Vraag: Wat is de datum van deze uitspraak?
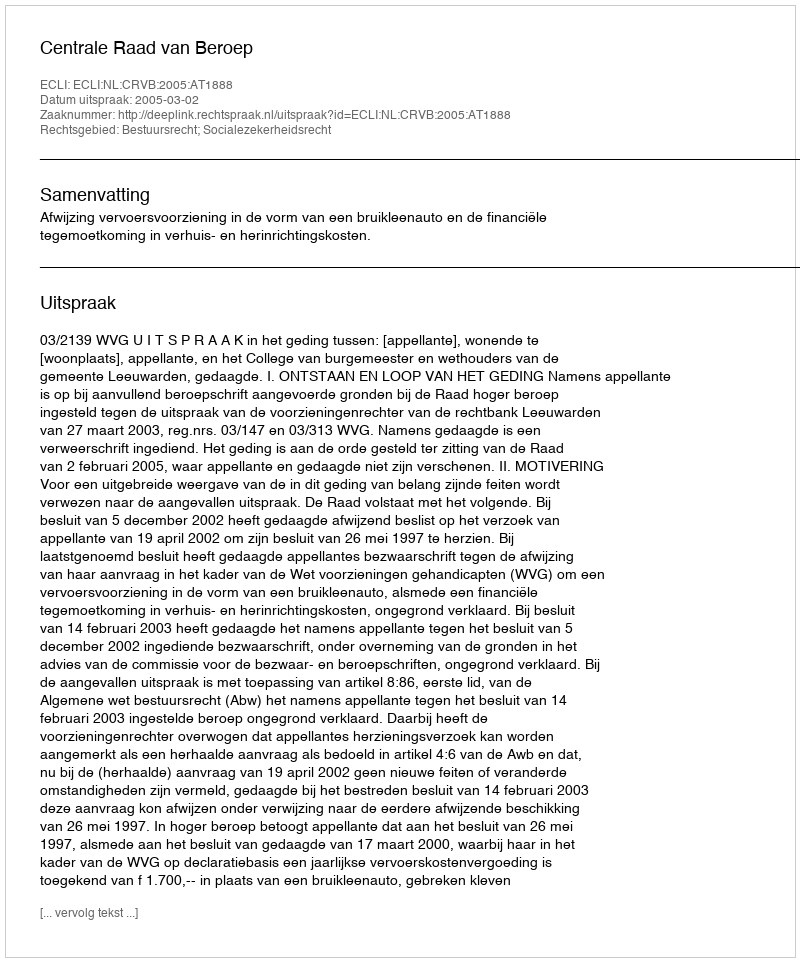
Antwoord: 2005-03-02